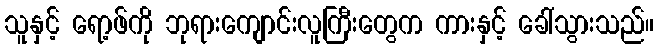
သူနှင့် ရော့ဖ်ကို ဘုရားကျောင်းလူကြီးတွေက ကားနှင့် ခေါ်သွားသည်။